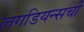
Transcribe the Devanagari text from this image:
लगडियन्सची